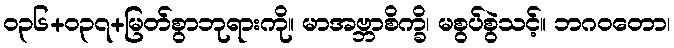
ဝ၃၆+၀၃၇+မြတ်စွာဘုရားကို။ မာအဗ္ဘာစိက္ခိ၊ မစွပ်စွဲသင့်။ ဘဂဝတော၊